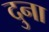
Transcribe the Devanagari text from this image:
दुना